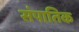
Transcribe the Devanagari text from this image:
संपातिक